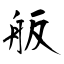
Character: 舨